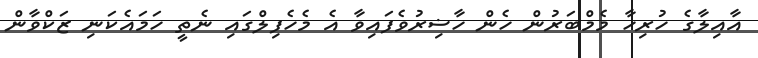
އާއިލާގެ ހުރިހާ މެމްބަރުން ހެން ހާޟިރުވެފައިވާ އެ މެހެފިލްގައި ނެތީ ހަމައެކަނި ޒަކްވާން